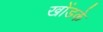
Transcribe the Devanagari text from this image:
खोंडके